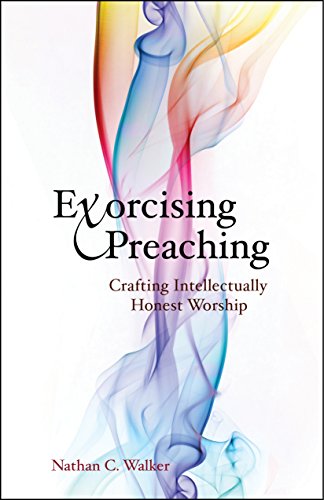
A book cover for Exorcising Preaching: Crafting Intellectually Honest Worship; Nathan C. Walker; Religion & Spirituality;